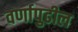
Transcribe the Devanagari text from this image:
वर्णापुढील